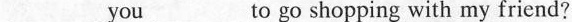
___ you ___ to go shopping with my friend?